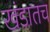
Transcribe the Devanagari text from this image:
खंडातच